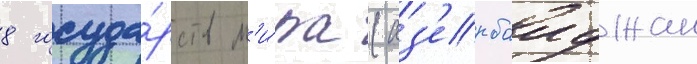
8 госуда́рств м'и́ра (аз'ербаиджан